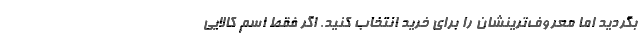
بگردید اما معروف‌ترینشان را برای خرید انتخاب کنید. اگر فقط اسم کالایی